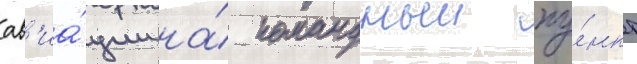
ав'иа́ции на́ командныи пу́нкт